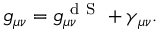
g _ { \mu \nu } = g _ { \mu \nu } ^ { \mathrm { ~ d ~ S ~ } } + \gamma _ { \mu \nu } .